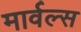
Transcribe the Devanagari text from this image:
मार्वल्स